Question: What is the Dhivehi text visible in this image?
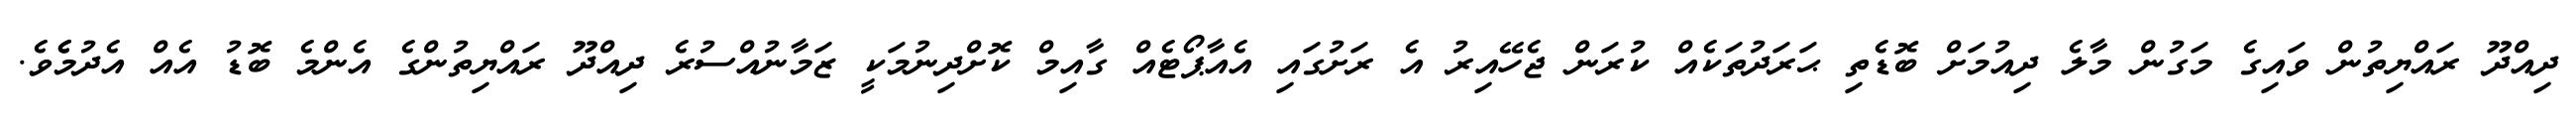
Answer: ދިއްދޫ ރައްޔިތުން ވައިގެ މަގުން މާލެ ދިއުމަށް ބޮޑެތި ޙަރަދުތަކެއް ކުރަން ޖެހޭއިރު އެ ރަށުގައި އެއާޕޯޓެއް ގާއިމް ކޮށްދިނުމަކީ ޒަމާނުއްސުރެ ދިއްދޫ ރައްޔިތުންގެ އެންމެ ބޮޑު އެއް އެދުމެެވެ.